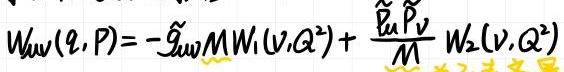
$W_{\mu\nu}(q,P)=-\tilde{g}_{\mu\nu}M W_1(\nu,Q^2)+\frac{\tilde{p}_\mu \tilde{p}_\nu}{M}W_2(\nu,Q^2)$